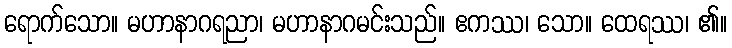
ရောက်သော။ မဟာနာဂရညာ၊ မဟာနာဂမင်းသည်။ ဧကဿ၊ သော။ ထေရဿ၊ ၏။